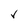
Character: V